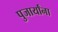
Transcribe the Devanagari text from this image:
पुजार्यांना